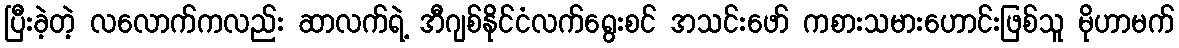
ပြီးခဲ့တဲ့ လလောက်ကလည်း ဆာလက်ရဲ့ အီဂျစ်နိုင်ငံလက်ရွေးစင် အသင်းဖော် ကစားသမားဟောင်းဖြစ်သူ မိုဟာမက်